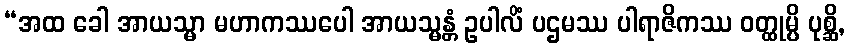
“အထ ခေါ အာယသ္မာ မဟာကဿပေါ အာယသ္မန္တံ ဥပါလိံ ပဌမဿ ပါရာဇိကဿ ဝတ္ထုမ္ပိ ပုစ္ဆိ,